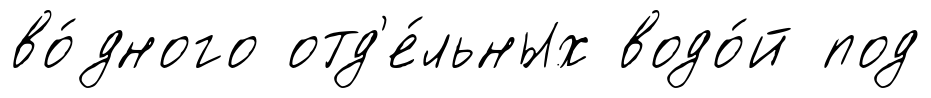
во́дного отд'е́льных водо́й под